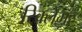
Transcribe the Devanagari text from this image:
रिक्लेमर